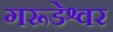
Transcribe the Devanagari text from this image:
गरूडेश्वर